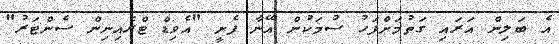
އެ ބަލިން އަރައި ގަތުމަށްފަހު ސުމަކުން އޭނާ ފެށީ "އެވިޑް ޓްރެއިނިން ސެންޓަރު"